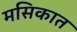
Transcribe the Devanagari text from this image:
मसिकात